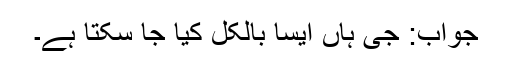
جواب: جی ہاں ایسا بالکل کیا جا سکتا ہے۔